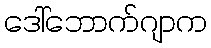
ဒေါ်ဘောက်ဂျာက